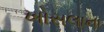
ખોસલાના